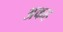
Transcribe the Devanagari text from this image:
अकह